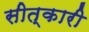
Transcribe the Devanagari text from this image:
सीत्कारी